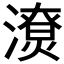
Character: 𣿳